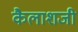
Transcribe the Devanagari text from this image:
कैलाशजी